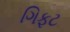
ગિફટ